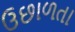
ઉછાળતા